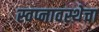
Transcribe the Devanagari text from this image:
स्वप्नावस्थेचा